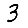
Digit: 3